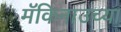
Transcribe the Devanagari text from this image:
मॅकिनाउच्या